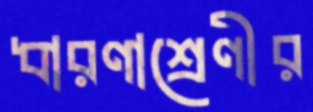
ধারণাশ্রেণীর